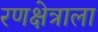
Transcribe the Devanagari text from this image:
रणक्षेत्राला